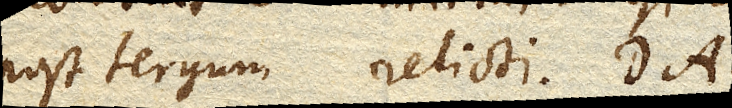
post tergum relicti DA.